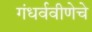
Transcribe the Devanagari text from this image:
गंधर्ववीणेचे